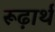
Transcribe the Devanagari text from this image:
रूढ़ार्थ